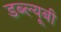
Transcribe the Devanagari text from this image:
डब्ल्यूबी